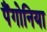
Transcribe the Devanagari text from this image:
पैंगोनिया